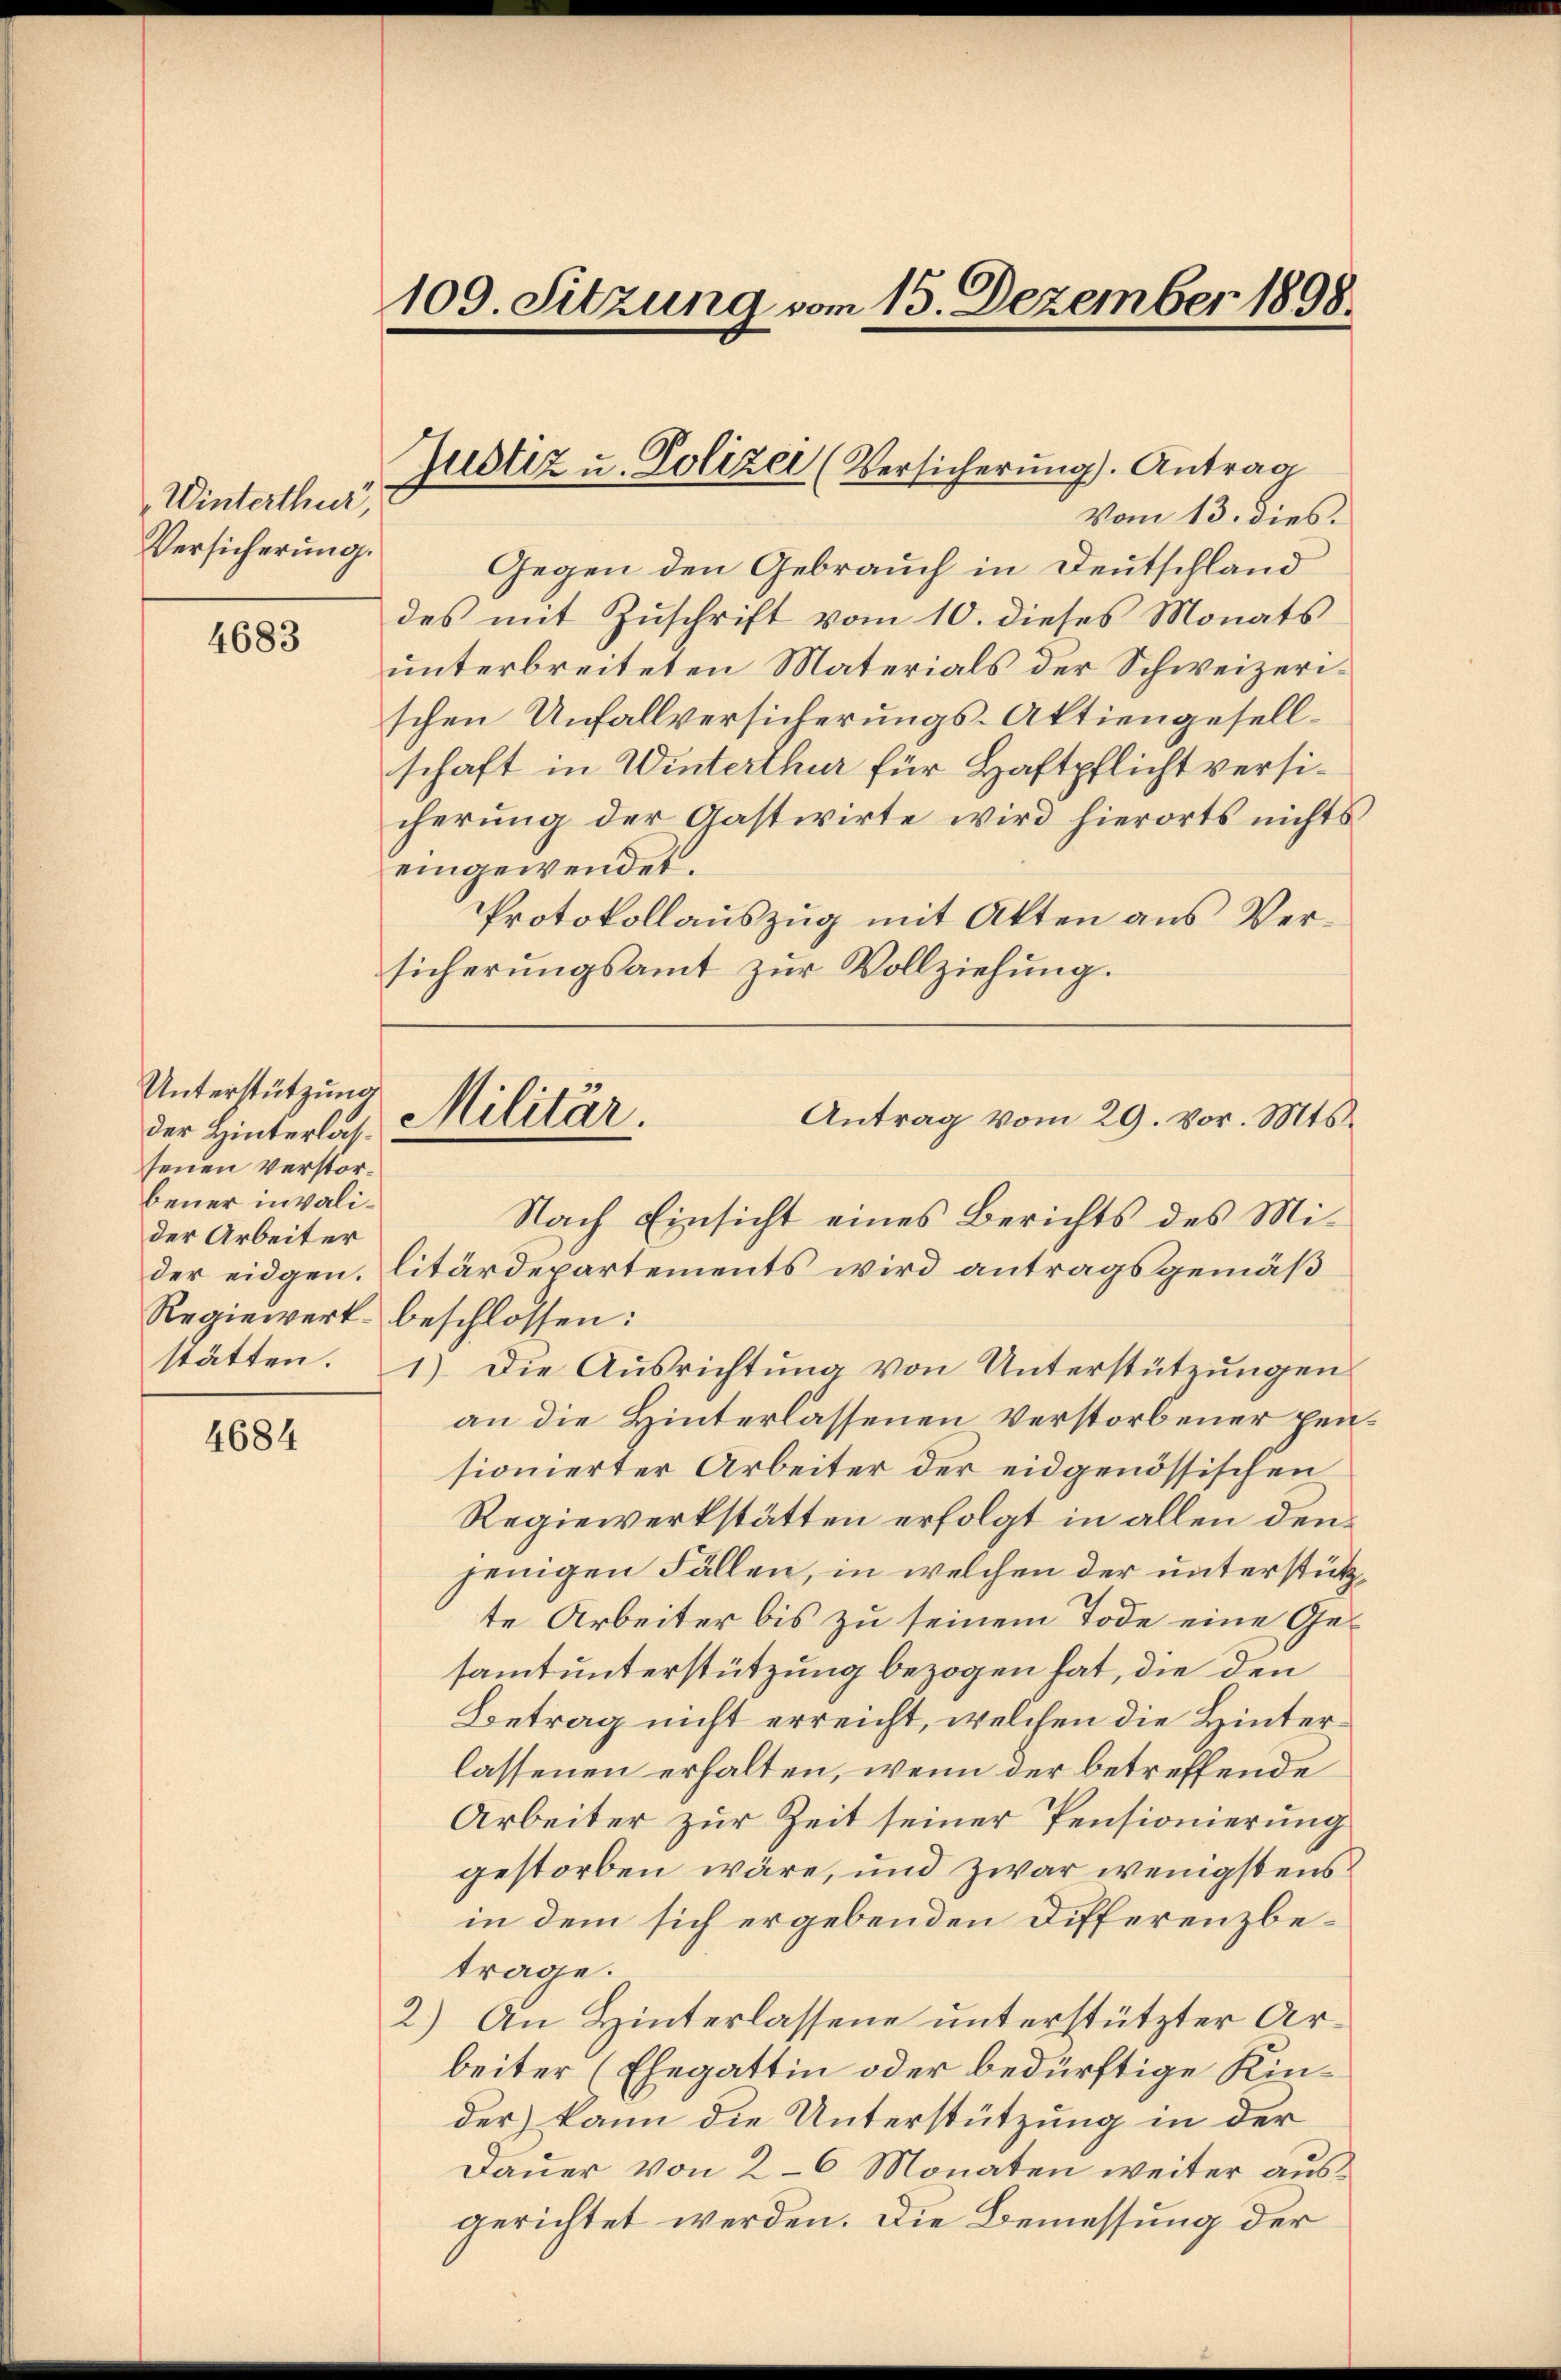
Winterthur,
Versicherung.

4683

Unterstützung
der Hinterlassenen Verstorbener invalider Arbeiter
stätten.

4684

109. Sitzung vom 15. Dezember 1898.

Justiz u. Polizei (Versicherung). Antrag

Vom 13. dies
Gegen den Gebrauch in Deutschland
des mit Zuschrift vom 10. dieses Monats
unterbreiteten Materials der Schweizerischen Unfallversicherungs-Aktiengesellschaft in Winterthur für Haftpflicht versicherung der Gastwirte wird hierorts nichts
eingewendet.
Protokollauszug mit Akten aus Versicherungsamt zur Vollziehung.
Nach Einsicht eines Berichts des Mider eidgen. litärdepartements wird antragsgemäß
Regiewert beschlossen:
1) Die Ausrichtung von Unterstützungen
an die Hinterlassenen Verstorbener pen
sionierter Arbeiter der eidgenössischen
Regiewerkstätten erfolgt in allen den
jenigen Fällen, in welchen der unterstützte Arbeiter bis zu seinem Tode eine Gesamt unterstützung bezogen hat, die den
Betrag nicht erreicht, welchen die Hinterlassenen erhalten, wenn der betreffende
Arbeiter zur Zeit seiner Pensionierung
gestorben wäre, und zwar wenigstens
in dem sich ergebenden Differenzbetrage.
2.) An Hinterlassene unterstützter Arbeiter (Ehegattin oder bedürftige Kinder) kann die Unterstützung in der
Dauer von 2-6 Monaten weiter ausgerichtet werden. Die Bemessung der

Militär
Antrag vom 29. vor. Mts.